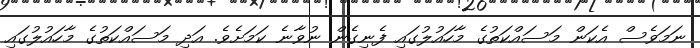
ނަމަވެސް އެކަން މަސައްކަތުގެ މާހައުލުގައި ފެނިގެން ނުވާނެ ކަމަށެވެ. އަދި މަސައްކަތުގެ މާހައުލުގައި